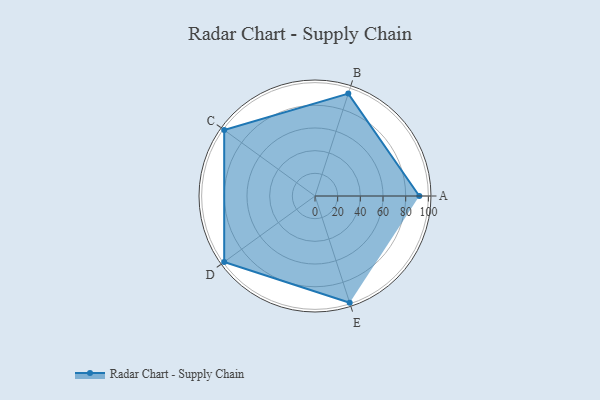
{"axis": {"x": "Skill", "y": "Score"}, "legend": ["Profile"], "data": [{"x": "A", "y": 92.0, "type": "Profile"}, {"x": "B", "y": 95.0, "type": "Profile"}, {"x": "C", "y": 99.0, "type": "Profile"}, {"x": "D", "y": 99, "type": "Profile"}, {"x": "E", "y": 99, "type": "Profile"}]}